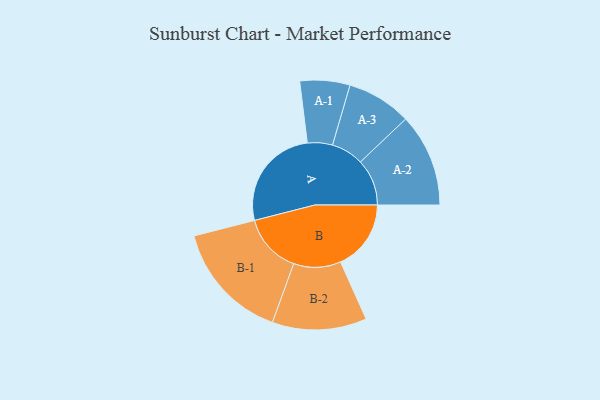
{"axis": {"x": "Segment", "y": "Value"}, "legend": ["", "A", "B"], "data": [{"x": "A", "y": 492, "type": ""}, {"x": "B", "y": 333, "type": ""}, {"x": "A-1", "y": 118, "type": "A"}, {"x": "A-2", "y": 220, "type": "A"}, {"x": "A-3", "y": 153, "type": "A"}, {"x": "B-1", "y": 282, "type": "B"}, {"x": "B-2", "y": 223, "type": "B"}]}